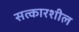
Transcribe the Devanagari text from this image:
सत्कारशील